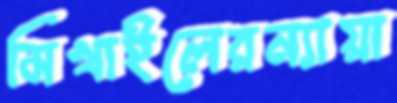
মিখাইলেরন্যায়া